Vaccination in Bombay 1856-1862 - 1856-1862
Year: 1856
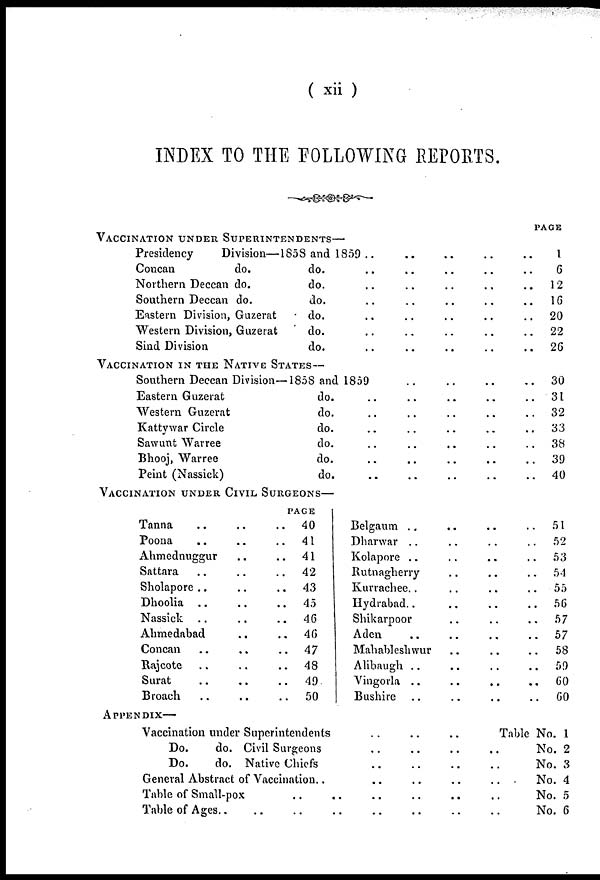
( xii )
INDEX TO THE FOLLOWING REPORTS.
PAGE
VACCINATION UNDER SUPERINTENDENTS—
Presidency
Division—1858 and 1859
Concan
do.
Northern Deccan do.
Southern Deccan do.
Eastern Division, Guzerat
Western Division, Guzerat
Sind Division
do.
do.
do.
do.
do.
do.
..
..
..
..
..
..
..
..
..
..
..
..
..
..
..
..
..
..
..
..
..
..
..
..
..
..
..
..
..
..
..
..
..
..
1
6
12
16
20
22
26
VACCINATION IN THE NATIVE STATES—
Southern Deccan Division—1858 and 1859
Eastern Guzerat
Western Guzerat
Kattywar Circle
Sawunt Warree
Bhooj, Warree
Peint (Nassick)
do.
do.
do.
do.
do.
do.
..
..
..
..
..
..
..
..
..
..
..
..
..
..
..
..
..
..
..
..
..
..
..
..
..
..
..
..
..
..
..
..
..
..
30
31
32
33
38
39
40
VACCINATION UNDER CIVIL SURGEONS—
PAGE
Tanna
Poona
..
..
Ahmednuggur
Sattara
Sholapore
Dhoolia
Nassick
..
..
..
..
Ahmedabad
Concan
Rajcote
Surat
Broach
..
..
..
..
..
..
..
..
..
..
..
..
..
..
..
..
..
..
..
..
..
..
..
..
..
..
..
..
40
41
41
42
43
45
46
46
47
48
49
50
Belgaum
Dharwar
Kolapore
..
..
..
Rutnagherry
Kurrachee
Hydrabad
Shikarpoor
Aden
..
..
..
..
Mahableshwur
Alibaugh
Vingorla
Bushire
..
..
..
..
..
..
..
..
..
..
..
..
..
..
..
..
..
..
..
..
..
..
..
..
..
..
..
..
..
..
..
..
..
..
..
..
..
..
51
52
53
54
55
56
57
57
58
59
60
60
APPENDIX—
Vaccination under Superintendents
Do.
do. Civil Surgeons
Do.
do. Native Chiefs
General Abstract of Vaccination..
Table of Small-pox
Table of Ages..
..
..
..
..
..
..
..
..
..
..
..
..
..
..
..
..
..
..
..
..
..
..
Table No. 1
..
..
..
..
..
No. 2
No. 3
No. 4
No. 5
No. 6